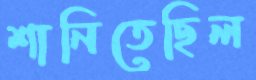
শানিতেছিল